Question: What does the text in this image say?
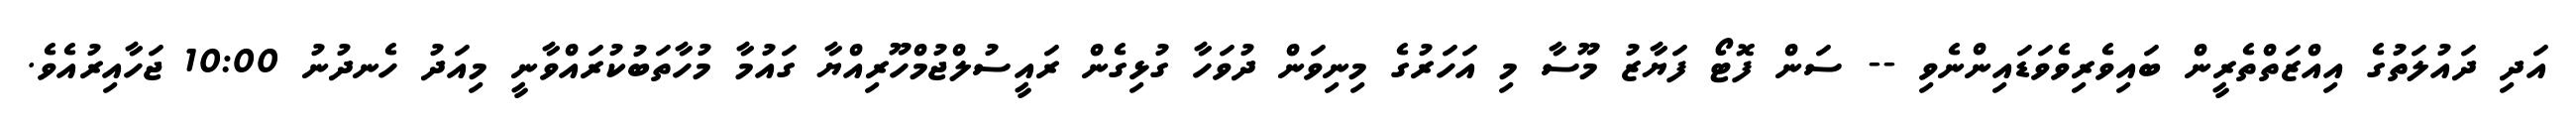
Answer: އަދި ދައުލަތުގެ އިއްޒަތްތެރީން ބައިވެރިވެވަޑައިންނެވި -- ސަން ފޮޓޯ ފަޔާޒު މޫސާ މި އަހަރުގެ މިނިވަން ދުވަހާ ގުޅިގެން ރައީސުލްޖުމްހޫރިއްޔާ ގައުމާ މުހާތަބުކުރައްވާނީ މިއަދު ހެނދުނު 10:00 ޖަހާއިރުއެވެ.